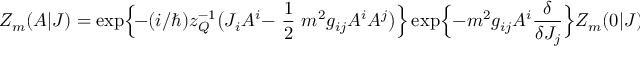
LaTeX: Z _ { m } ( A | J ) = \mathrm { e x p } \Bigr \{ \! - ( i / \hbar ) z _ { Q } ^ { - 1 } \bigr ( J _ { i } A ^ { i } - \mathrm { ~ \frac { 1 } { 2 } ~ } m ^ { 2 } g _ { i j } A ^ { i } A ^ { j } \bigr ) \Bigr \} \, \mathrm { e x p } \Bigr \{ - m ^ { 2 } g _ { i j } A ^ { i } \frac { \delta } { \delta J _ { j } } \Bigr \} Z _ { m } ( 0 | J ) .